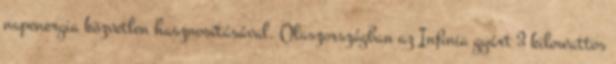
napenergia közvetlen hasznosításával. Olaszországban az Infinia gyárt 3 kilowattos